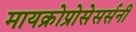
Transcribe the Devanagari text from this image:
मायक्रोप्रोसेसर्सनी